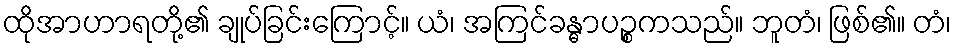
ထိုအာဟာရတို့၏ ချုပ်ခြင်းကြောင့်။ ယံ၊ အကြင်ခန္ဓာပဉ္စကသည်။ ဘူတံ၊ ဖြစ်၏။ တံ၊